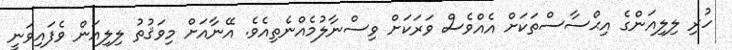
ހުރި ލިލިއަންގެ އިޙްސާސްތަކަށް އެއްވެސް ވަރަކަށް ވިސްނާލުމެއްނެތިއެވެ. އޭނާއަށް މިވަޤުތު ލިލިއަން ވެފައިވަނީ